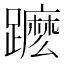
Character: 𨆽